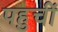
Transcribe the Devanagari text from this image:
पहुचीं